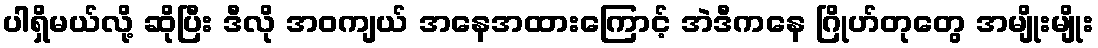
ပါရှိမယ်လို့ ဆိုပြီး ဒီလို အဝကျယ် အနေအထားကြောင့် အဲဒီကနေ ဂြိုဟ်တုတွေ အမျိုးမျိုး